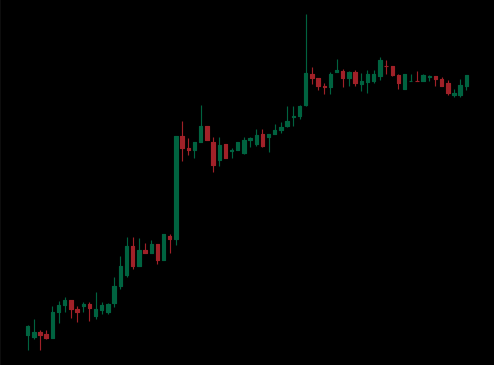
Pattern: bear_flag